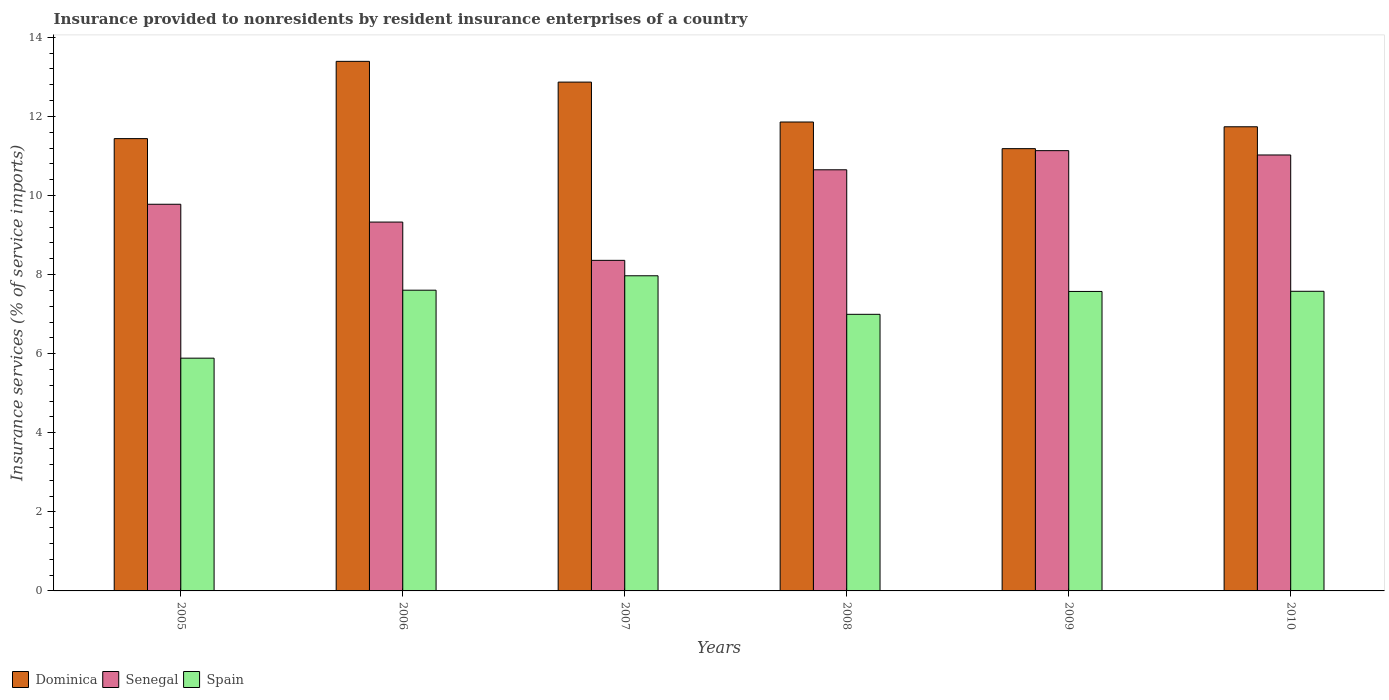
| Years | Dominica | Senegal | Spain |
 | --- | --- | --- | --- |
 | 2005 | 11.4 | 9.78 | 5.89 |
 | 2006 | 13.4 | 9.33 | 7.61 |
 | 2007 | 12.9 | 8.36 | 7.97 |
 | 2008 | 11.9 | 10.7 | 7 |
 | 2009 | 11.2 | 11.1 | 7.57 |
 | 2010 | 11.7 | 11 | 7.58 |